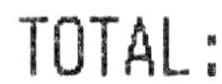
TOTAL: